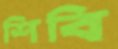
শিবি